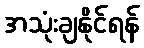
အသုံးချနိုင်ရန်